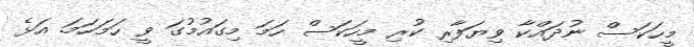
މީހަކަސް ނުދައްކާ ވިޔަފާރި ކުރި މީހަކަސް ހަމަ މިގައުމުގަ ވީ ހަމަހަމަ. އަޅެ